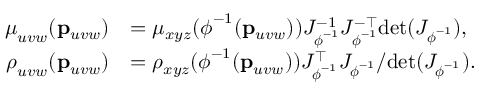
\begin{array} { r l } { \boldsymbol \mu _ { u v w } ( \mathbf { p } _ { u v w } ) } & { = \mu _ { x y z } ( \boldsymbol \phi ^ { - 1 } ( \mathbf { p } _ { u v w } ) ) J _ { \boldsymbol \phi ^ { - 1 } } ^ { - 1 } J _ { \boldsymbol \phi ^ { - 1 } } ^ { - \top } \mathrm { d e t } ( J _ { \boldsymbol \phi ^ { - 1 } } ) , } \\ { \boldsymbol \rho _ { u v w } ( \mathbf { p } _ { u v w } ) } & { = \rho _ { x y z } ( \boldsymbol \phi ^ { - 1 } ( \mathbf { p } _ { u v w } ) ) J _ { \boldsymbol \phi ^ { - 1 } } ^ { \top } J _ { \boldsymbol \phi ^ { - 1 } } / \mathrm { d e t } ( J _ { \boldsymbol \phi ^ { - 1 } } ) . } \end{array}